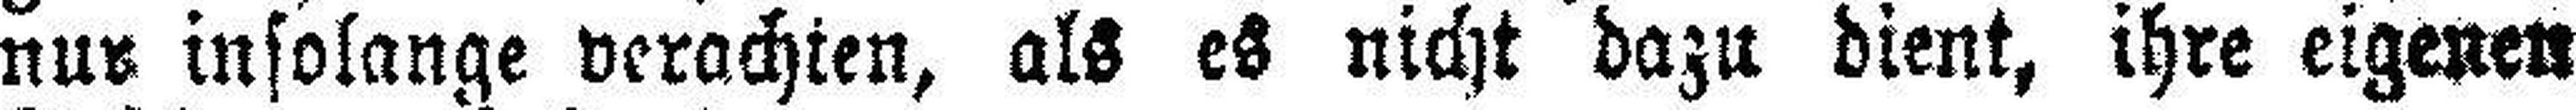
nur insolange verachten, als es nicht dazu dient, ihre eigenen